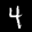
Label: 4